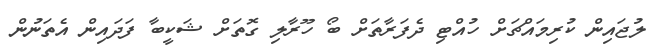
ލުޖައިން ކުރިމައްޗަށް ހުއްޓި ދެފަރާތަށް ބޯ ހޫރާލި ގޮތަށް ޝަކީބާ ފަދައިން އެތަނުން